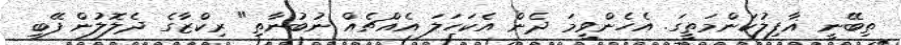
ތިބޭނީ ޣާފިލުކަންމަތީގަ. އެހެންވީމަ ދެން އެކަހަލަ އެއްޗެއް ނުބުނާތި" ރިކްޒާގެ ދެލޮލުން ފޭބި